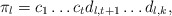
\begin{align*}\pi_l= c_1\dots c_td_{l,t+1}\dots d_{l,k},\end{align*}